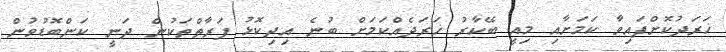
ޚަރަދުކޮށްފައިވާ ކަމަށާއި މިއީ ބޭކާރު ޚަރަދެއްކަމަށް ބުނެ އިދިކޮޅު ފަރާތްތަކުން ދަނީ ކަންބޮޑުވުން